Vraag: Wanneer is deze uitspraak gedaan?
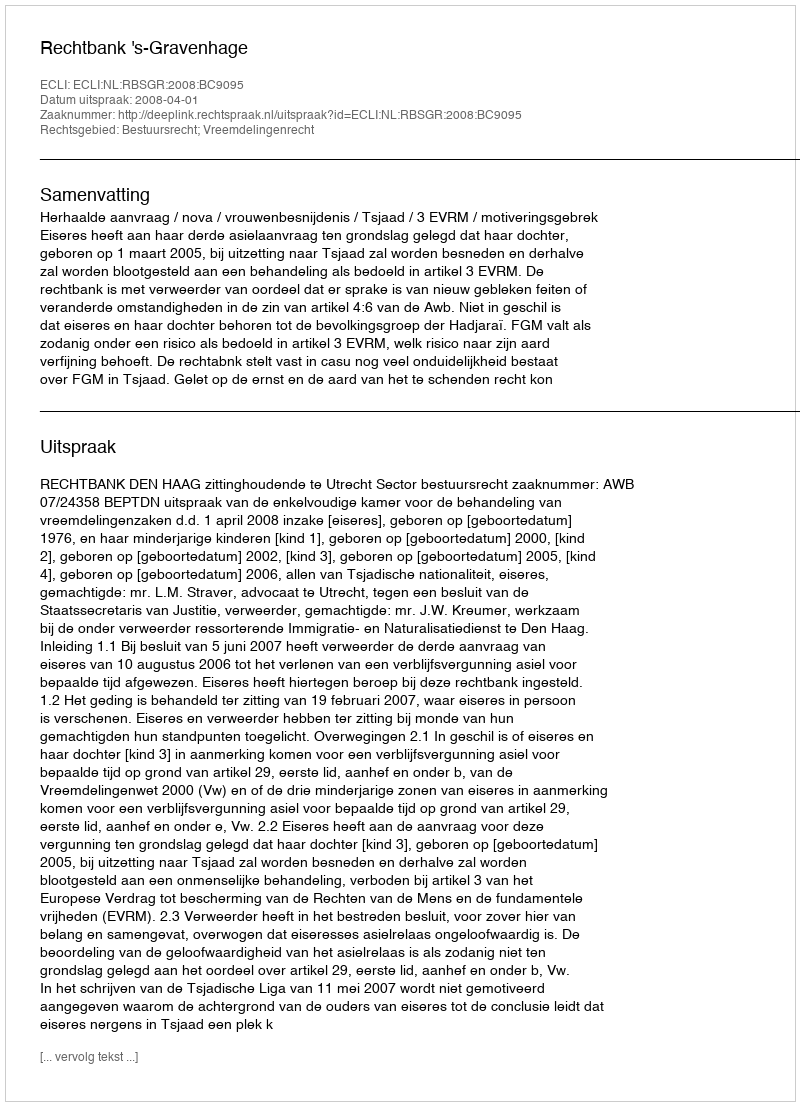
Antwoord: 2008-04-01